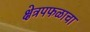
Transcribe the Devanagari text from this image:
क्षेत्रपफळाचा